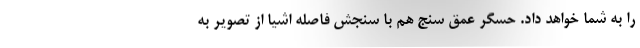
را به شما خواهد داد. حسگر عمق سنج هم با سنجش فاصله اشیا از تصویر به